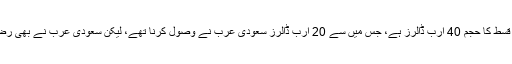
وزارت خزانہ کے حکام نے مزید بتایا کہ آئی ایم ایف کی رواں برس کے قرضہ جات کی قسط کا حجم 40 ارب ڈالرز ہے، جس میں سے 20 ارب ڈالرز سعودی عرب نے وصول کرنا تھے، لیکن سعودی عرب نے بھی رضامندی ظاہر کی ہے کہ ان ممالک کے رواں برس قرضے کی اقساط معطل کر دی جائیں۔